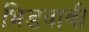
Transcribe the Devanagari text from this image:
भिडवावी